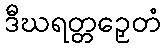
ဒီဃရတ္တဉှေတံ